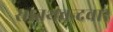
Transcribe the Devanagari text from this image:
सातथचन्दवार